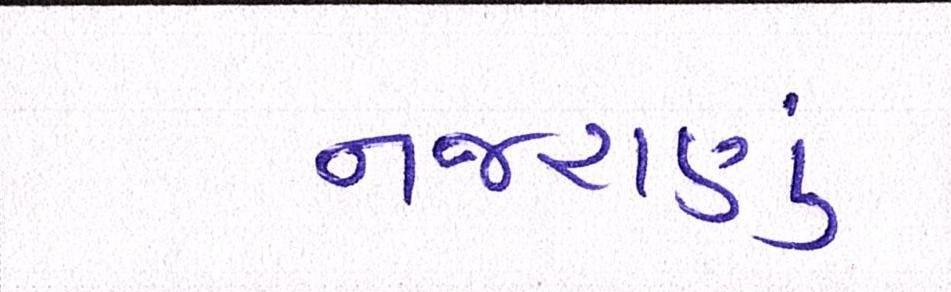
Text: નજરાણું